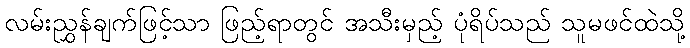
လမ်းညွှန်ချက်ဖြင့်သာ ဖြည့်ရာတွင် အသီးမှည့် ပုံရိပ်သည် သူမဖင်ထဲသို့